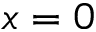
x = 0